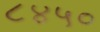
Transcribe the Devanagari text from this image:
८४५०